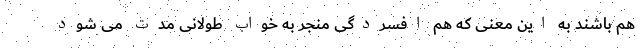
هم باشند به این معنی که هم افسردگی منجر به خواب طولانی مدت می شود